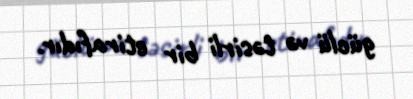
güclü və təsirli bir etirafıdır.